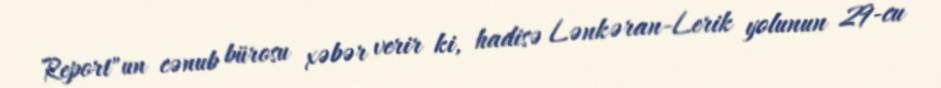
Report"un cənub bürosu xəbər verir ki, hadisə Lənkəran-Lerik yolunun 29-cu